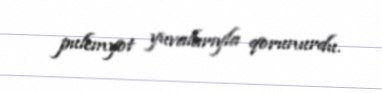
pulemyot yuvalarıyla qorunurdu.